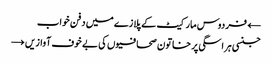
← فردوس مارکیٹ کے پلازے میں دفن خواب
جنسی ہراسگی پر خاتون صحافیوں کی بے خوف آوازیں →